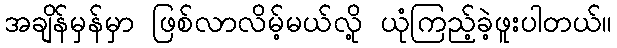
အချိန်မှန်မှာ ဖြစ်လာလိမ့်မယ်လို့ ယုံကြည့်ခဲ့ဖူးပါတယ်။